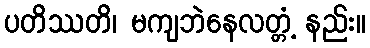
ပတိဿတိ၊ မကျဘဲနေလတ္တံ့ နည်း။